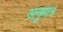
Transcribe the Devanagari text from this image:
अनुमात्र